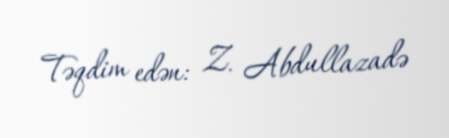
Təqdim edən: Z. Abdullazadə